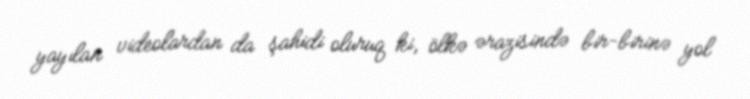
yayılan videolardan da şahidi oluruq ki, ölkə ərazisində bir-birinə yol